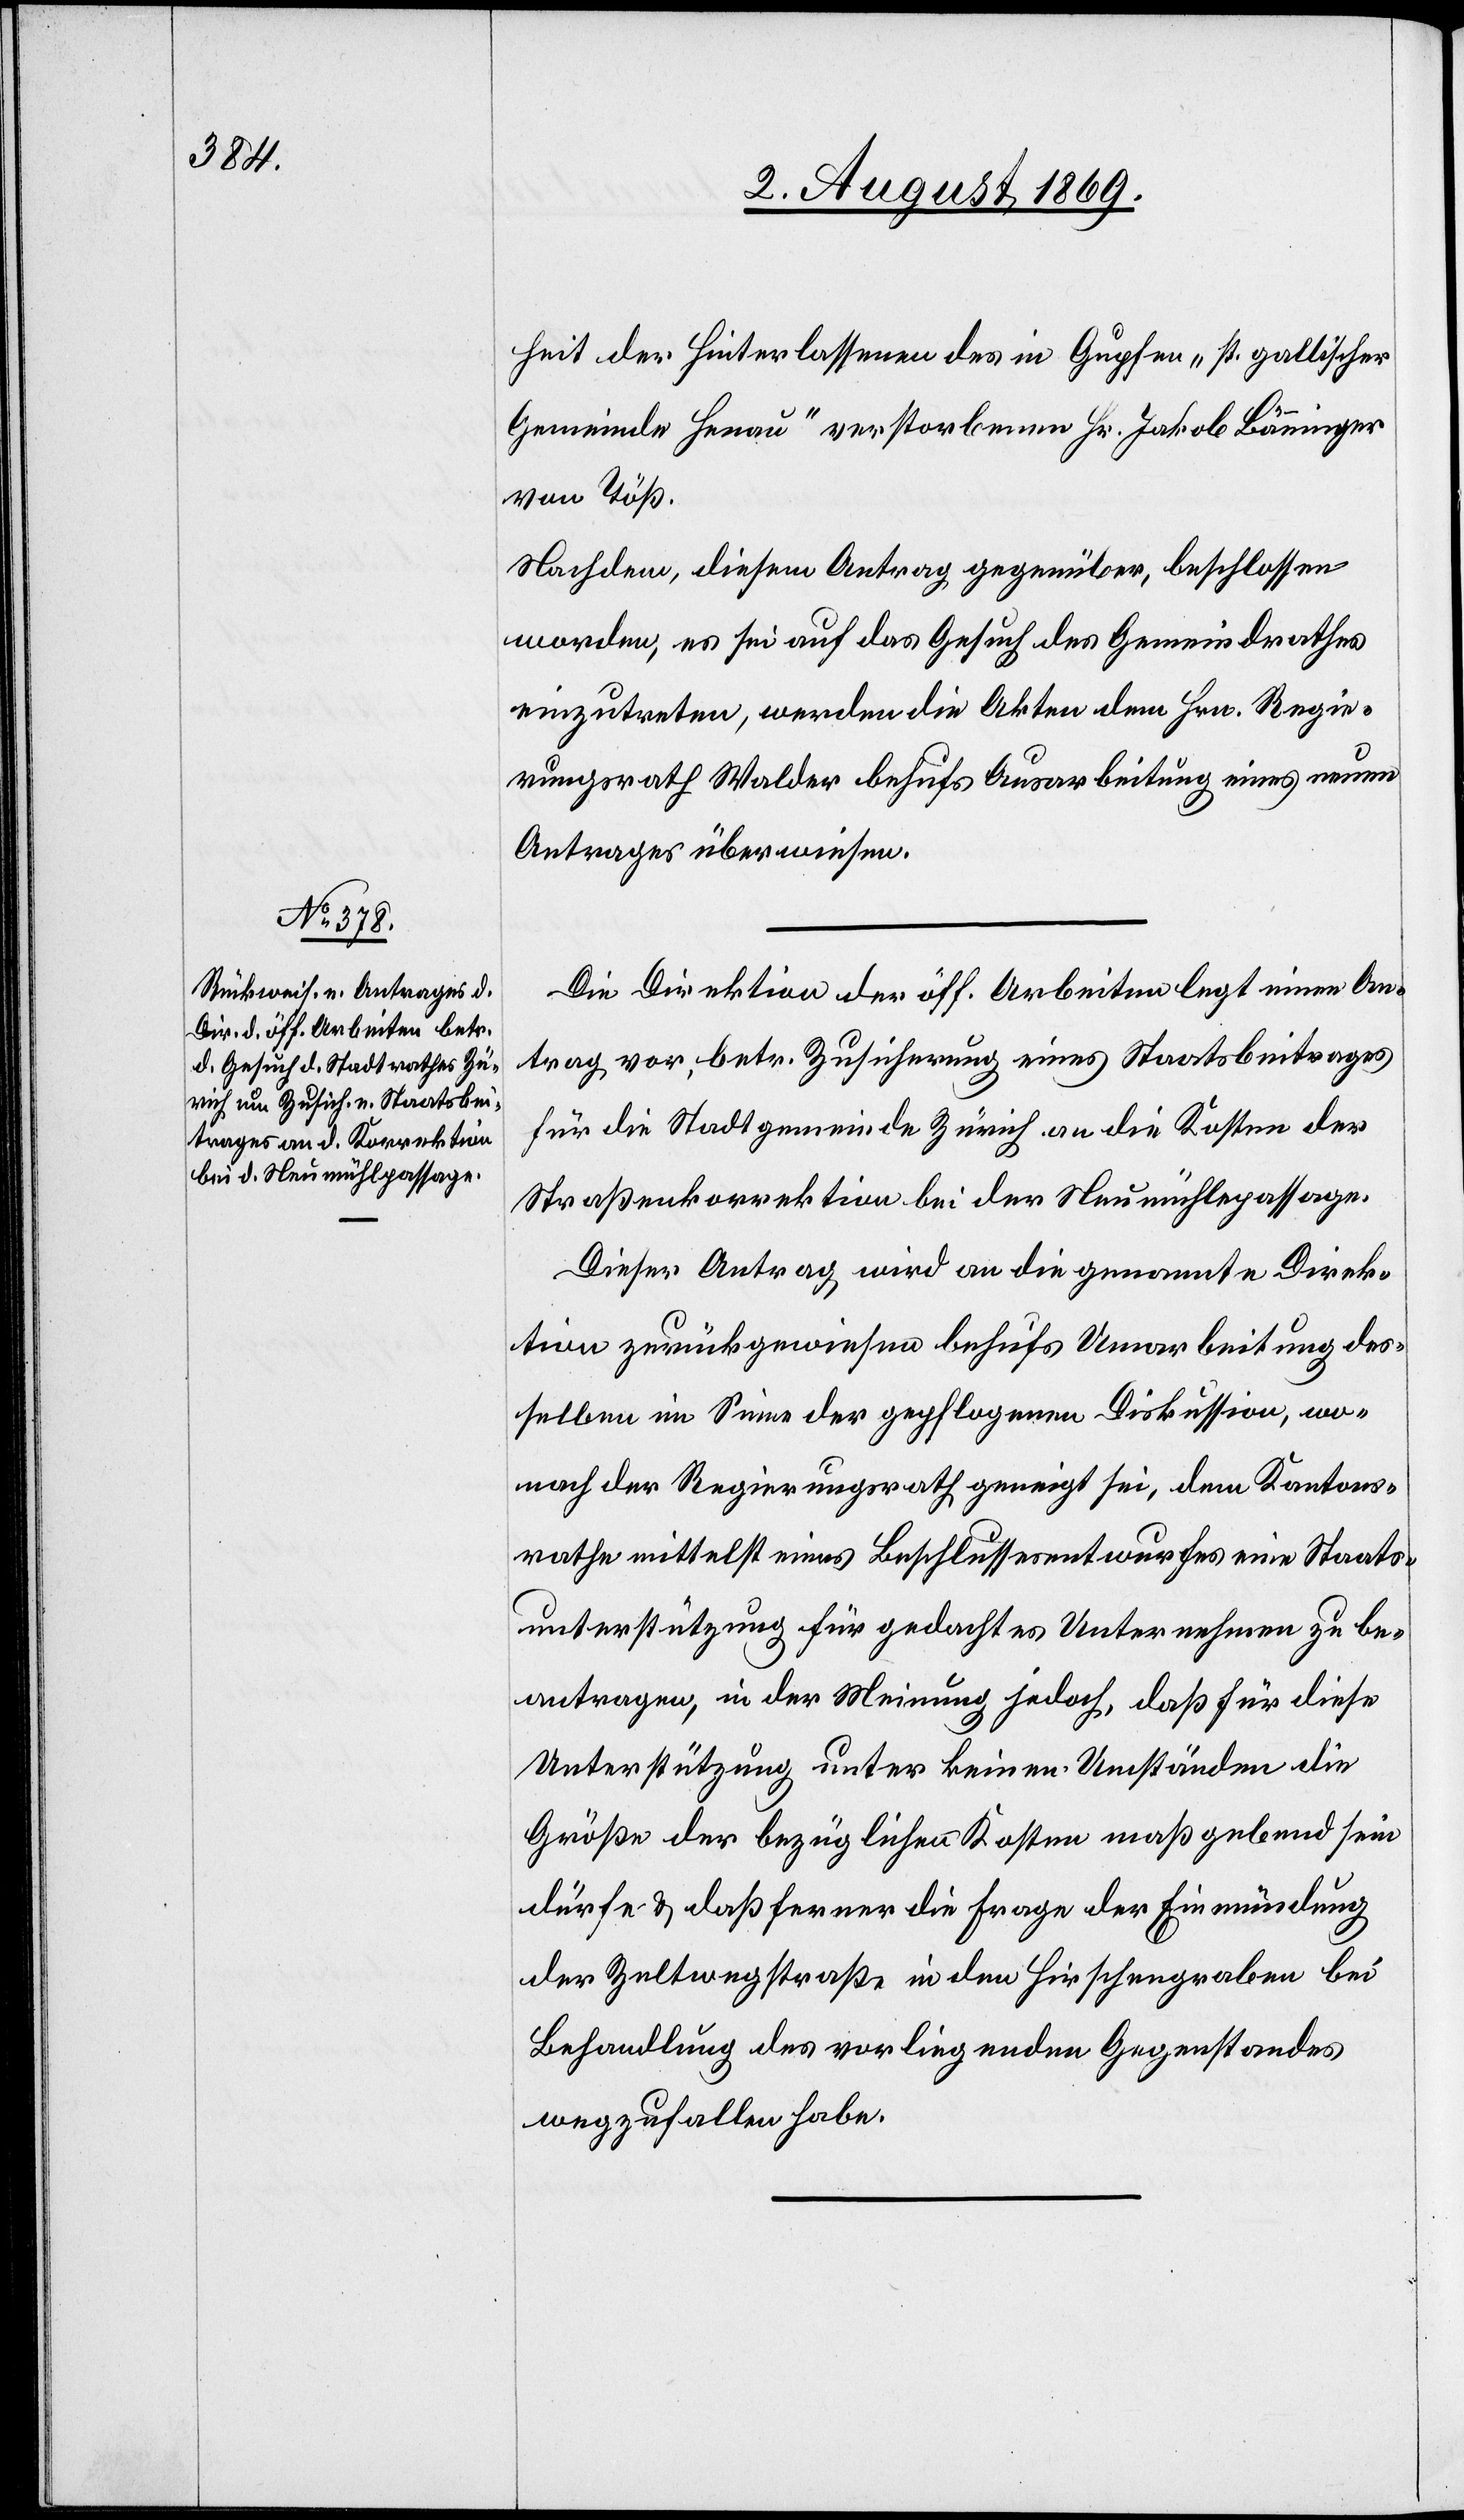
heit der Hinterlassenen des in Gupfen „st. gallischer
Gemeinde Henau“ verstorbenen Hs. Jakob Bänninger
von Töß.
Nachdem, diesem Antrag gegenüber, beschlossen
worden, es sei auf das Gesuch des Gemeindrathes
einzutreten, werden die Akten dem Hrn. Regie¬
rungsrath Walder behufs Ausarbeitung eines neuen
Antrages überwiesen.
Die Direktion der öff. Arbeiten legt einen An¬
trag vor, betr. Zusicherung eines Staatsbeitrages
für die Stadtgemeinde Zürich an die Kosten der
Straßenkorrektion bei der Neumühlepassage.
Dieser Antrag wird an die genannte Direk¬
tion zurückgewiesen behufs Umarbeitung des¬
selben im Sinne der gepflogenen Diskussion, wo¬
nach der Regierungsrath geneigt sei, dem Kantons¬
rathe mittelst eines Beschlussesentwurfes eine Staats¬
unterstützung für gedachtes Unternehmen zu be¬
antragen, in der Meinung jedoch, daß für diese
Unterstützung unter keinen Umständen die
Größe der bezüglichen Kosten maßgebend sein
dürfe & daß ferner die Frage der Einmündung
der Zeltwegstraße in den Hirschengraben bei
Behandlung des vorliegenden Gegenstandes
wegzufallen habe.